system: You are a helpful assistant.
user:
Analyze the provided spectrum to determine if it is a **S-type Star**.

- **Key Indicators for S-type Star:**

    - **(Overall Spectrum Shape):** The first and most obvious characteristic is the overall continuum (the "baseline" shape). It is **extremely "red-sloping,"** meaning the flux (light intensity) is very low on the left side (blue, ~4000-4500 Å) and rises steeply and continuously toward the right side (red, ~7000 Å+).

    - **(Primary):** The spectrum is defined by the presence of strong, broad molecular absorption "valleys" (bands) from **Zirconium Oxide (ZrO)**. The identification of these bands is the **primary requirement** for classifying a star as S-type.
        - **(Key Bandheads):** You must find distinct, deep "dips" where the light has been absorbed. The most critical band systems to locate are:
            - **~6474 Å** ($\gamma$-system): This is often the strongest and clearest ZrO feature, found in the red part of the spectrum.
            - **~5718 Å** & **~5551 Å** ($\beta$-system): A pair of prominent absorption features in the yellow-orange part of the spectrum.
            - **~4640 Å** ($\alpha$-system): A key absorption band system in the blue-green region of the spectrum.

    - **(Secondary Confirmation):** The classification is strengthened by finding additional absorption bands from other related heavy element oxides, which are expected to be present alongside ZrO.
        - **(Key Bandheads):**
            - **Yttrium Oxide (YO):** Look for absorption dips near **~4800 Å** and **~6100 Å**.
            - **Lanthanum Oxide (LaO):** Additional absorption features, particularly in the red-orange part of the spectrum, are also characteristic.

    - **(Line Profile):** The combination of the steep red continuum and these numerous, deep molecular bands (ZrO, YO, etc.) gives the entire spectrum a very **"chopped-up"** or **"bumpy"** appearance. Instead of a smooth curve, the spectrum looks as though large, wide chunks of light have been "carved out" of it at the specific wavelengths listed above.

Think first, call **spectral_visualization_tool** if needed to examine features in detail, then provide your final answer. Your response must adhere to the following strict rules:
1.  **Overall Structure:** Your response must follow the format `<think>...</think> <tool_call>...</tool_call> (if a tool is used) <answer>...</answer>`.
2.  **Tool Usage Constraint:** You may only make **one** tool call per turn.
3.  **Final Answer Format:** In the `<answer>` tag, your conclusion must be inside a `\boxed{}` command (e.g., `\boxed{YES}` or `\boxed{NO}`), followed by your justification.

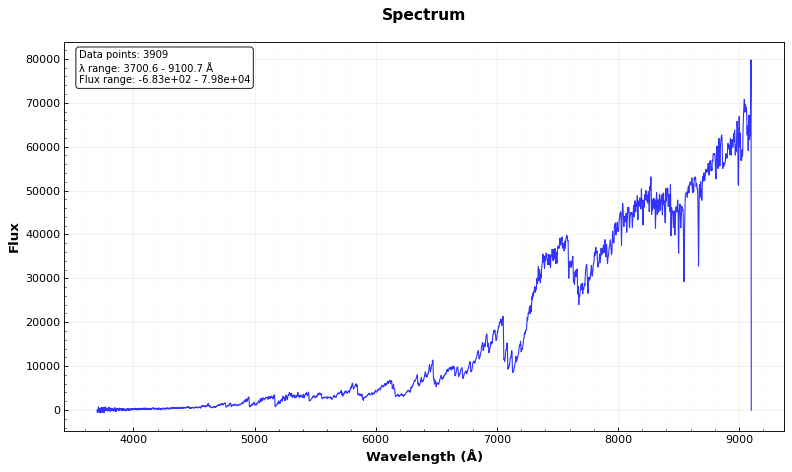
Answer: YES